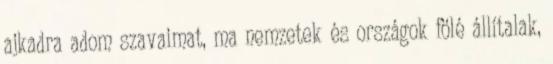
ajkadra adom szavaimat, ma nemzetek és országok fölé állítalak,